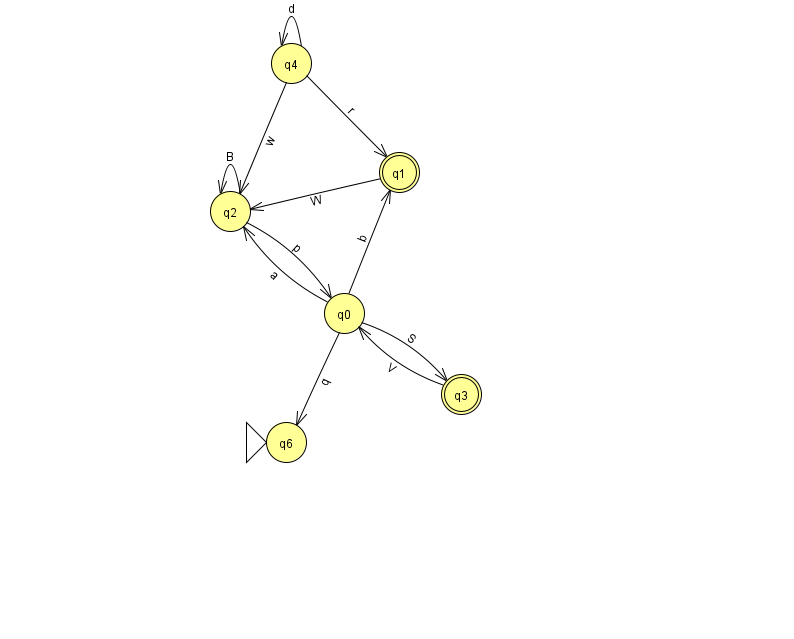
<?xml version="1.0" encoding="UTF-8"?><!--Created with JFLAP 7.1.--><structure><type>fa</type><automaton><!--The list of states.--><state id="0" name="q0"><x>344.0</x><y>300.0</y></state><state id="1" name="q1"><x>399.0</x><y>159.0</y><final/></state><state id="2" name="q2"><x>230.0</x><y>198.0</y></state><state id="3" name="q3"><x>461.0</x><y>381.0</y><final/></state><state id="4" name="q4"><x>291.0</x><y>50.0</y></state><state id="6" name="q6"><x>286.0</x><y>429.0</y><initial/></state><!--The list of transitions.--><transition><from>4</from><to>2</to><read>w</read></transition><transition><from>2</from><to>2</to><read>B</read></transition><transition><from>4</from><to>4</to><read>d</read></transition><transition><from>1</from><to>2</to><read>W</read></transition><transition><from>4</from><to>1</to><read>r</read></transition><transition><from>3</from><to>0</to><read>V</read></transition><transition><from>0</from><to>6</to><read>q</read></transition><transition><from>0</from><to>2</to><read>a</read></transition><transition><from>0</from><to>3</to><read>S</read></transition><transition><from>0</from><to>1</to><read>b</read></transition><transition><from>2</from><to>0</to><read>p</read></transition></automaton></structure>